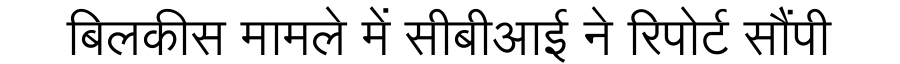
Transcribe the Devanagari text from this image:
बिलकीस मामले में सीबीआई ने रिपोर्ट सौंपी